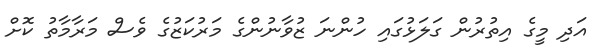
އަދި މީގެ އިތުރުން ގަލަޅުގައި ހުންނަ ޒުވާނުންގެ މަރުކަޒުގެ ވެސް މަރާމާތު ކޮށް